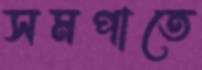
সমপাতে